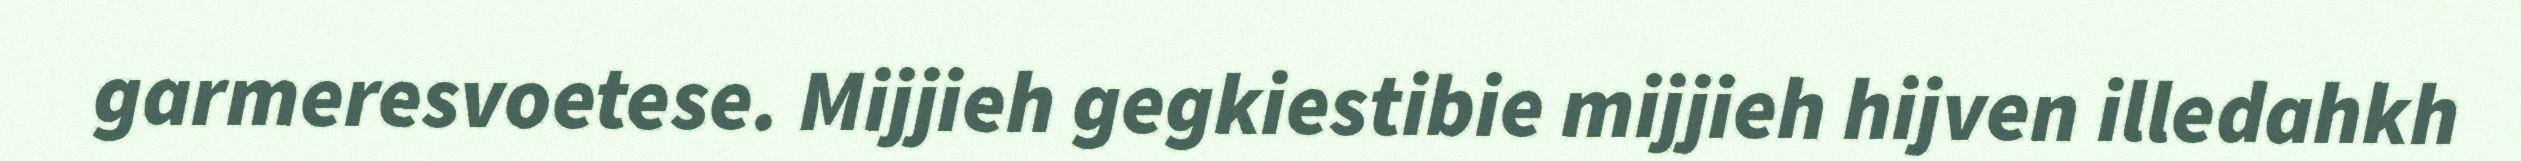
garmeresvoetese. Mijjieh gegkiestibie mijjieh hijven illedahkh